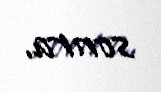
sonra.